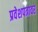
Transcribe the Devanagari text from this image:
प्रवेशपत्रावर